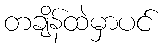
တချိန်ထဲမှာပင်